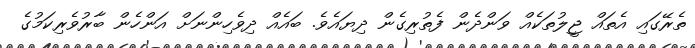
ތެރޭގައި އެތައް ޖީލުތަކެއް ވަންދެން ފެތުރިގެން ދިޔައެވެ. ބައެއް ދިވެހިންނަށް އަންހެން ބާރުވެރިކަމުގެ